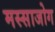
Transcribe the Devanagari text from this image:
मस्साजोग